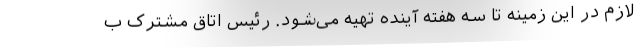
لازم در این زمینه تا سه هفته آینده تهیه می‌شود. رئیس اتاق مشترک ب